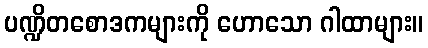
ပဏ္ဍိတစောဒကများကို ဟောသော ဂါထာများ။